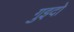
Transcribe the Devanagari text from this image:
गुइदो